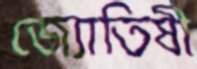
জ্যোতিষী